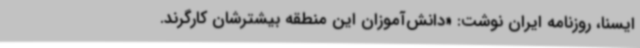
ایسنا، روزنامه ایران نوشت: «دانش‌آموزان این منطقه بیشترشان کارگرند.